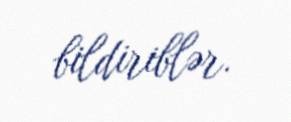
bildiriblər.